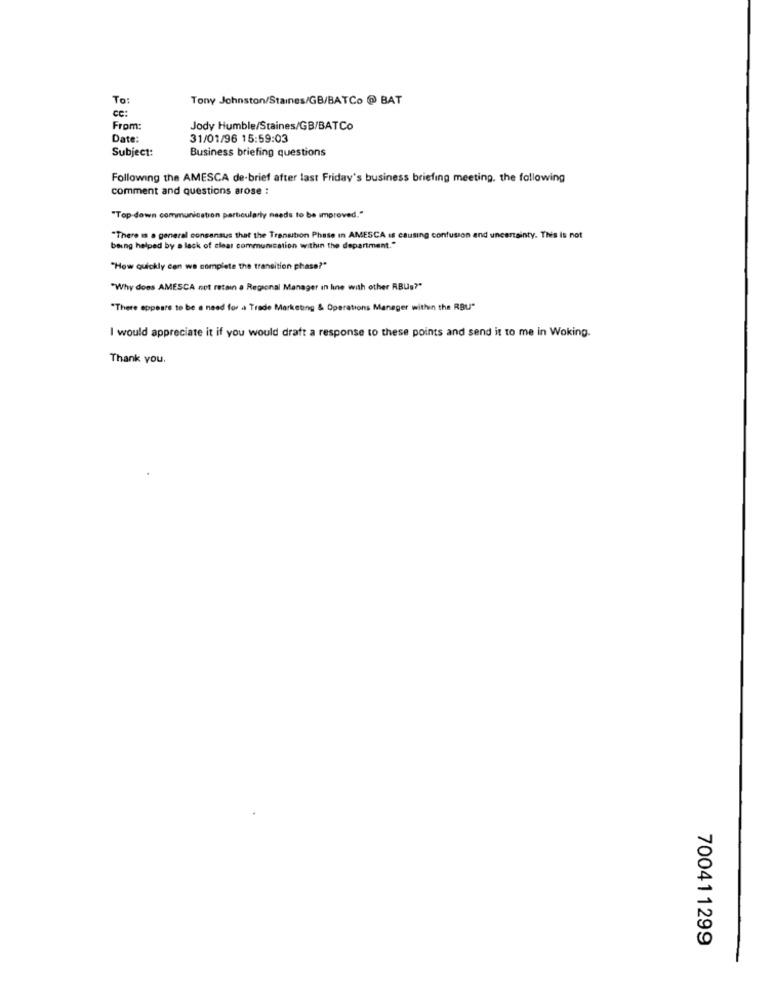
To:
Tony Johnston/Staines/GB/BATCo @ BAT
Cc:
From:
Jody Humble/Staines/GB/BATCo
Date:
31/01/96 15:59:03
Subject:
Business briefing questions
Following the AMESCA de-brief after last Friday's business briefing meeting. the following
comment and questions arose :
"Top down communication particularly needs to be improved."
"There is a general consensus that the Transition Phase in AMESCA
causing confusion and uncertainty. This is not
being helped by a lack of clear communication within the department."
"How quickly can we complete the transition phase?"
"Why does AMESCA not retain a Regional Manager In line with other RBUs?"
"There appears to be a need for a Trade Marketing & Operations Manager within the RBU"
I would appreciate it if you would draft a response to these points and send it to me in Woking.
Thank you.
700411299